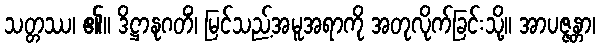
သတ္တဿ၊ ၏။ ဒိဋ္ဌာနုဂတိံ၊ မြင်သည့်အမူအရာကို အတုလိုက်ခြင်းသို့။ အာပဇ္ဇန္တာ၊